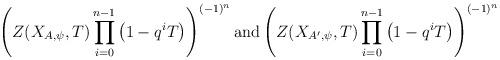
LaTeX: \begin{gather*} \left(Z(X_{A,\psi},T)\prod_{i=0}^{n-1}\big(1-q^iT\big) \right)^{(-1)^{n}}\mbox{and} \left(Z(X_{A',\psi},T)\prod_{i=0}^{n-1}\big(1-q^iT\big) \right)^{(-1)^{n}}\end{gather*}